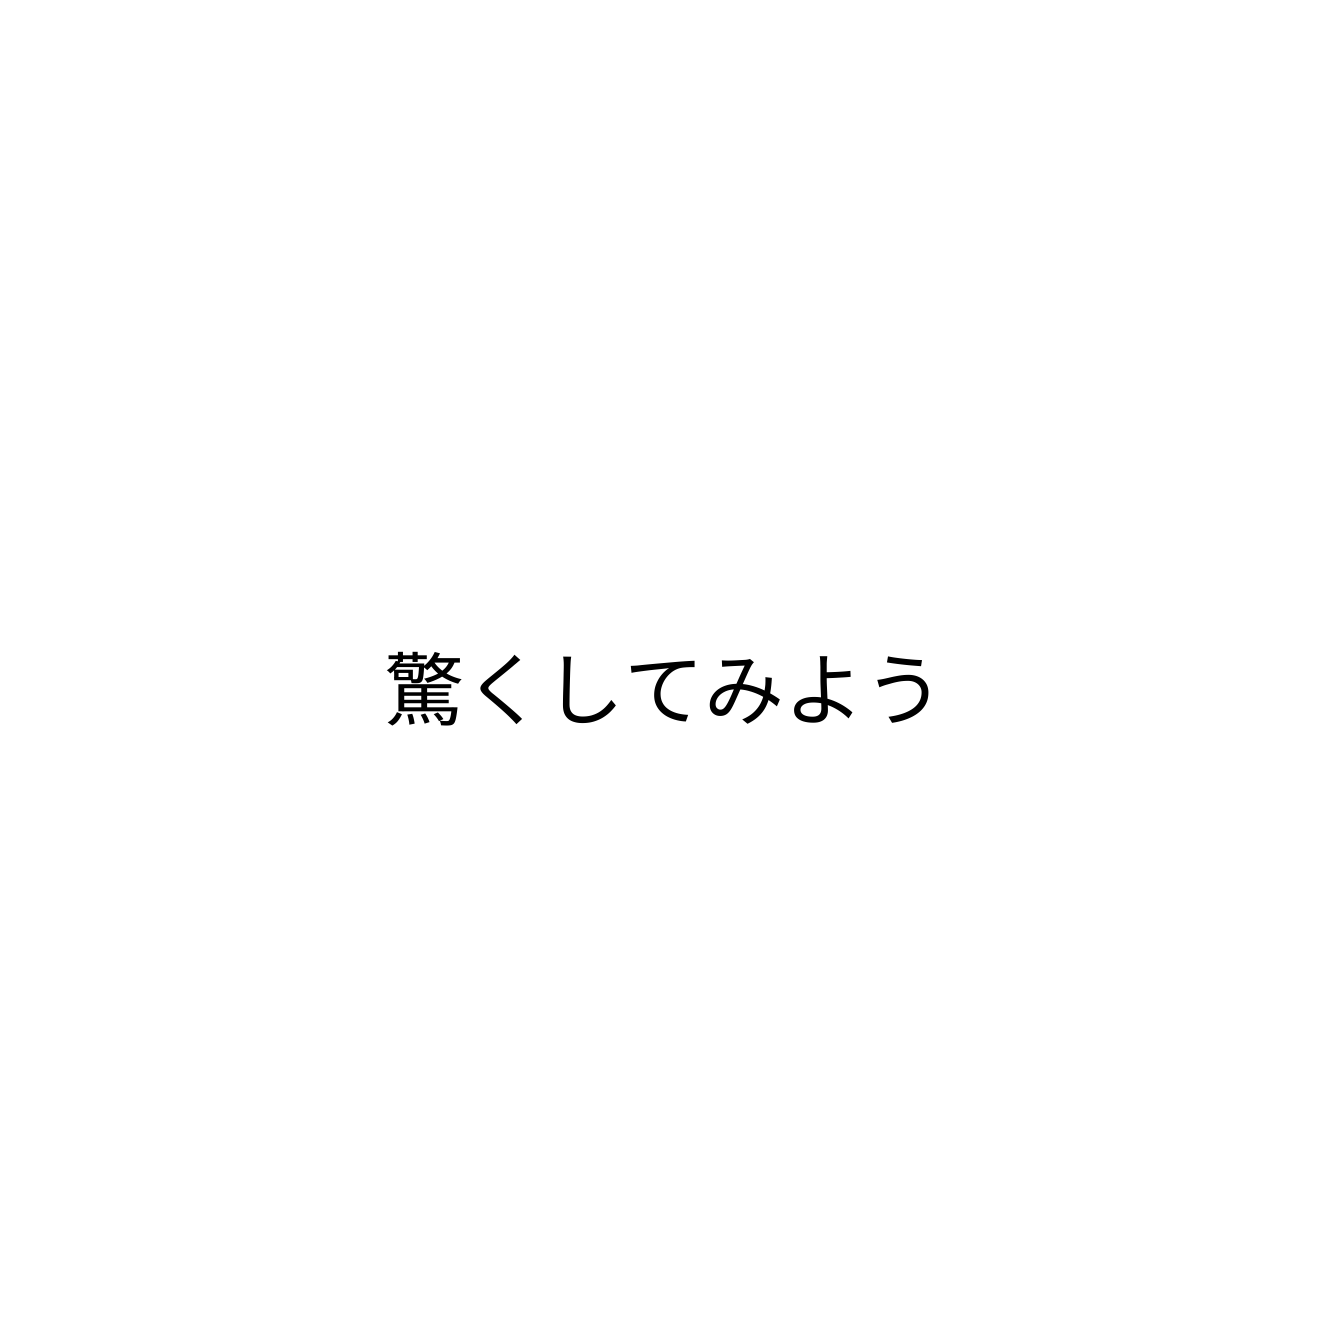
驚くしてみよう